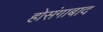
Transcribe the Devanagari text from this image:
होसंगाबाद